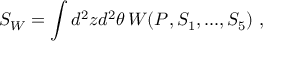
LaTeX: S _ { W } = \int d ^ { 2 } z d ^ { 2 } \theta \, W ( P , S _ { 1 } , . . . , S _ { 5 } ) ~ ,